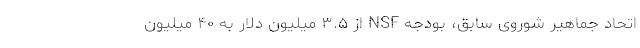
اتحاد جماهیر شوروی سابق، بودجه NSF از ۳.۵ میلیون دلار به ۴۰ میلیون